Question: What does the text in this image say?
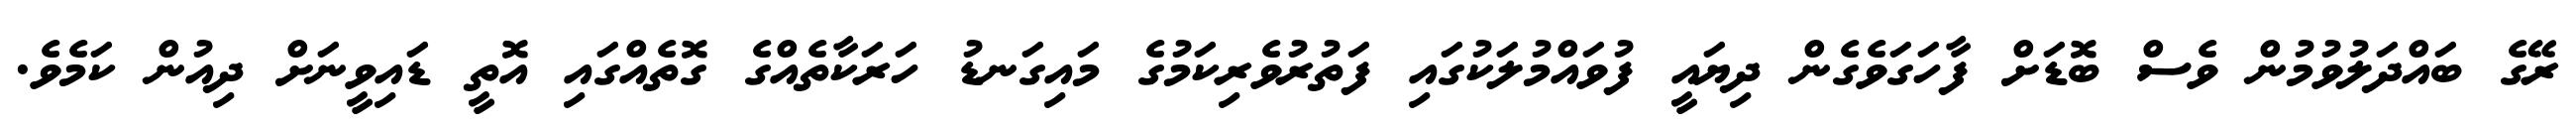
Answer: ރޭގެ ބައްދަލުވުމުން ވެސް ބޮޑަށް ފާހަގަވެގެން ދިޔައީ ފުވައްމުލަކުގައި ފަތުރުވެރިކަމުގެ މައިގަނޑު ހަރަކާތެއްގެ ގޮތެއްގައި އޮތީ ޑައިވީނަށް ދިއުން ކަމެވެ.